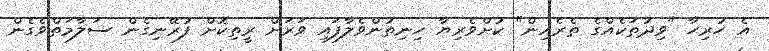
އެ ހުރިހާ "ވިދުތަކެއްގެ ތެރެއިން" ކުށްވެރިޔާ ހިނިތުންވެލާފައި ވަރަށް ރީތިކޮށް ފުރޭނިގެން ސަލާމަތްވެގެން